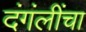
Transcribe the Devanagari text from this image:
दंगंलींचा